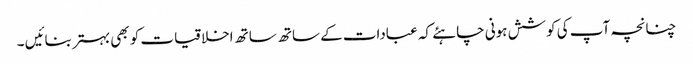
چنانچہ آپ کی کوشش ہونی چاہئے کہ عبادات کے ساتھ ساتھ اخلاقیات کو بھی بہتر بنائیں ۔